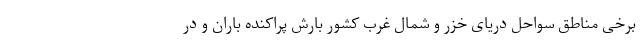
برخی مناطق سواحل دریای خزر و شمال غرب کشور بارش پراکنده باران و در